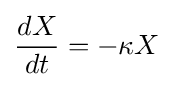
{\frac {dX}{dt}}=-\kappa X